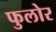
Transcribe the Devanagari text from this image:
फुलोर